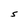
Character: S